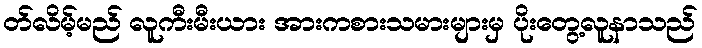
တ်လိမ့်မည် လူကီးမီးယား အားကစားသမားများမှ ပိုးတွေ့လူနာသည်